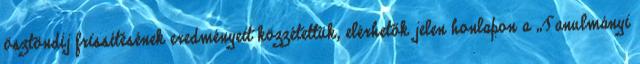
ösztöndíj frissítésének eredményeit közzétettük, elérhetők jelen honlapon a „Tanulmányi